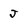
Character: J